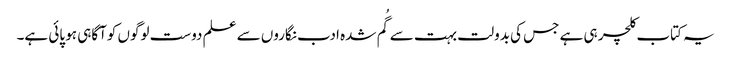
یہ کتاب کلچر ہی ہے جس کی بدولت بہت سے گُم شدہ ادب نگاروں سے علم دوست لوگوں کوآگاہی ہو پائی ہے۔